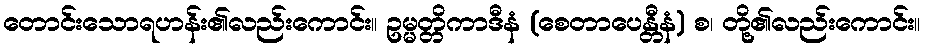
တောင်းသောရဟန်း၏လည်းကောင်း။ ဥမ္မတ္တိကာဒီနံ (စေတာပေန္တီနံ) စ၊ တို့၏လည်းကောင်း။